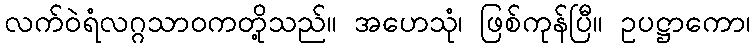
လက်ဝဲရံလဂ္ဂသာဝကတို့သည်။ အဟေသုံ၊ ဖြစ်ကုန်ပြီ။ ဥပဋ္ဌာကော၊